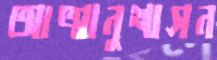
আত্মানুশাসন